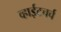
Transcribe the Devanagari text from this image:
व्हाईटचर्च